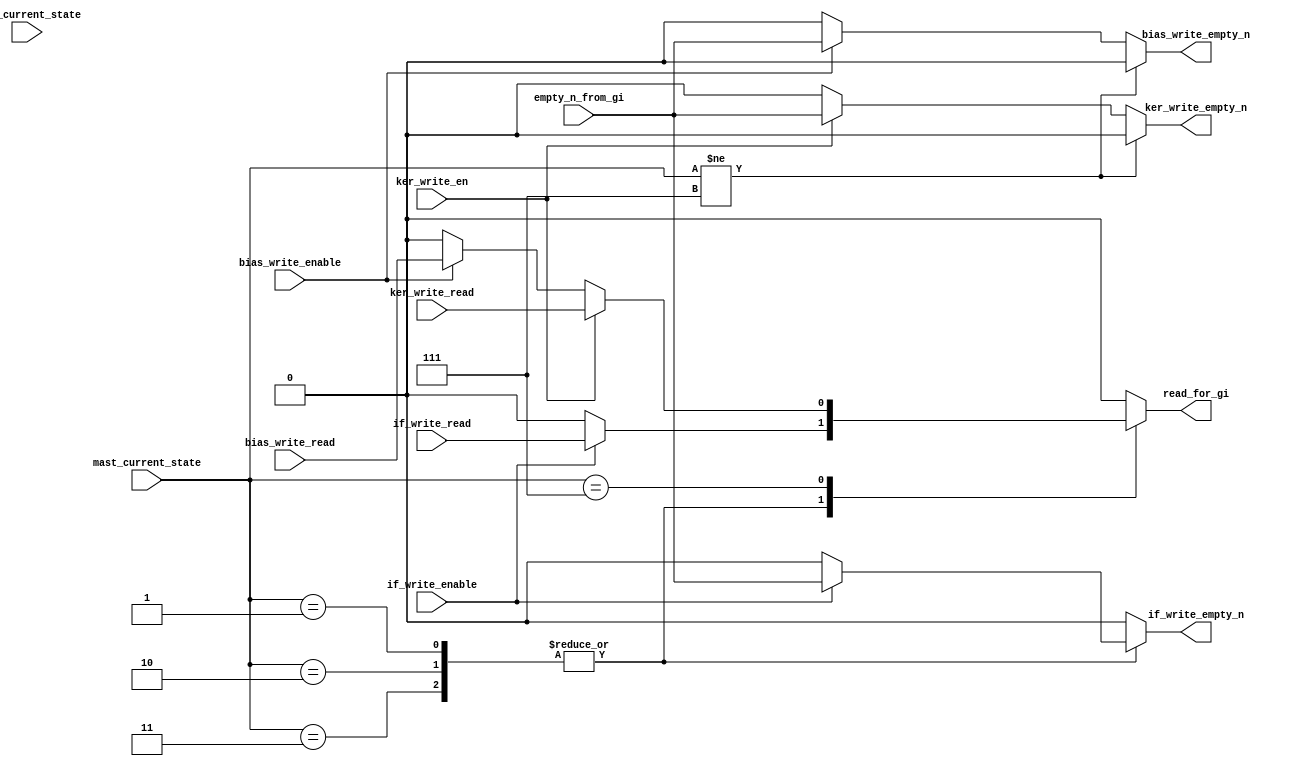
// ============================================================================
// Designer : Yi_Yuan Chen
// Create   : 2022.01.31
// Ver      : 1.0
// Func     : mutiplexor for input_fifo signal empty_n and read
// Log		: 
// 		2023.01.31 : from now using state switch empty_n signal path. 
// 				maybe use busy signal for judgment.
// ============================================================================

module d_empn_rd_mux (	

		if_write_empty_n	// input feature write module empty_n signal
	,	ker_write_empty_n	// kernel write module empty_n signal
	,	bias_write_empty_n	// bias write module empty_n signal
	,	if_write_read		// input feature write module read signal
	,	ker_write_read		// kernel write module read signal
	,	bias_write_read		// bias write module read signal

	,	empty_n_from_gi		
	,	read_for_gi			

	,	fsld_current_state	
	,	mast_current_state	
	,	if_write_enable			
	,	ker_write_en		
	,	bias_write_enable		

);

//------- master FSM parameter -----------
localparam MAST_FSM_BITS 	= 3;
localparam M_IDLE 	= 3'd0;
localparam LEFT 	= 3'd1;
localparam BASE 	= 3'd2;
localparam RIGHT 	= 3'd3;
localparam FSLD 	= 3'd7;	// First load sram0
//---------------------------------------------
//---------------When master state = fsld ---------
localparam FS_IDLE 	= 3'd0;
localparam FS_KER 	= 3'd1;
localparam FS_BIAS 	= 3'd2;
localparam FS_IF 	= 3'd3;

//----necessary I/O -----

	output reg	if_write_empty_n 		;
	output wire	ker_write_empty_n 		;
	output wire	bias_write_empty_n 		;
	input wire	if_write_read			;	// input feature write module read signal
	input wire	ker_write_read			;
	input wire	bias_write_read			;

	input wire	empty_n_from_gi		;
	output reg	read_for_gi 		;
//-----------------------------------------------------------------------------	
//----testing I/O -----
	input wire	[ MAST_FSM_BITS-1 :0]	fsld_current_state			;
	input wire	[ MAST_FSM_BITS-1 :0]	mast_current_state			;
	input wire	if_write_enable			;

	input wire	ker_write_en			;
	input wire	bias_write_enable			;
//-----------------------------------------------------------------------------



//-----------------------------------------------------------------------------
//------------			empty_n signal			-------------------------------
//-----------------------------------------------------------------------------

//----testing busy mux not fsld current state -----
assign	ker_write_empty_n 	= ( mast_current_state != FSLD )?		1'd0 : 
								// ( ker_write_busy )?	empty_n_from_gi : 1'd0 ;
								( ker_write_en )?	empty_n_from_gi : 1'd0 ;

assign	bias_write_empty_n 		= ( mast_current_state != FSLD )?		1'd0 : 
								// ( fsld_current_state == FS_BIAS )?	empty_n_from_gi : 1'd0 ;
								( bias_write_enable )?	empty_n_from_gi : 1'd0 ;
//-----------------------------------------------------------------------------

always @(*) begin
	case (mast_current_state)
		M_IDLE :	if_write_empty_n = 1'd0 ;
		LEFT,BASE,RIGHT :		if_write_empty_n = (if_write_enable)? empty_n_from_gi : 1'd0 ;
		default: if_write_empty_n = 1'd0 ;
	endcase
end


//-----------------------------------------------------------------------------
//--------------------    read signal    --------------------------------------
//-----------------------------------------------------------------------------

always @(*) begin
	case (mast_current_state)
		M_IDLE :	read_for_gi = 1'd0 ;
		LEFT,BASE,RIGHT :		read_for_gi = (if_write_enable)? if_write_read : 1'd0 ;

		FSLD :	begin
			// if( ker_write_busy ) read_for_gi = ker_write_read ;
			if( ker_write_en ) read_for_gi = ker_write_read ;
			else if ( bias_write_enable ) read_for_gi = bias_write_read ;
			else read_for_gi = 1'd0 ;
			// if( fsld_current_state == FS_KER ) read_for_gi = ker_write_read ;
			// else if ( fsld_current_state == FS_BIAS ) read_for_gi = bias_write_read ;
			// else read_for_gi = 1'd0 ;
		end
		default: read_for_gi = 1'd0 ;
	endcase
end



endmodule